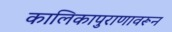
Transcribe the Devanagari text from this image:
कालिकापुराणावरून